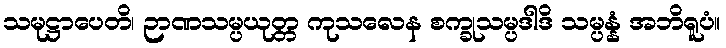
သမုဋ္ဌာပေတိ၊ ဉာဏသမ္ပယုတ္တ ကုသလေန စက္ခုသမ္ပဒါဒိ သမ္ပန္နံ အဘိရူပံ။